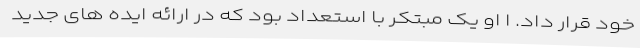
خود قرار داد. ا او یک مبتکر با استعداد بود که در ارائه ایده های جدید